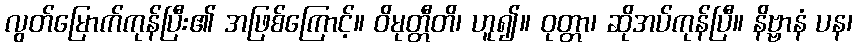
လွတ်မြောက်ကုန်ပြီး၏ အဖြစ်ကြောင့်။ ဝိမုတ္တီတိ၊ ဟူ၍။ ဝုတ္တာ၊ ဆိုအပ်ကုန်ပြီ။ နိဗ္ဗာနံ ပန၊